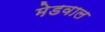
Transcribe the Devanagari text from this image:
मेडवाल